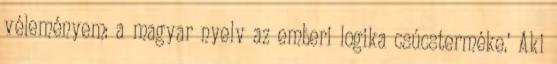
véleményem: a magyar nyelv az emberi logika csúcsterméke.' Aki